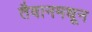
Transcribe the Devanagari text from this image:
तैवानमधून